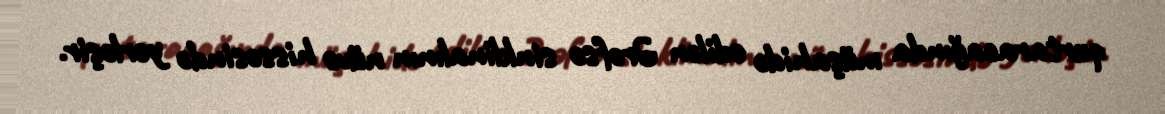
qurtaracağında müşahidə edilən Ərəfsə sinklinalının nüvə hissəsində yerləşir.